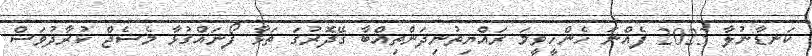
ކަނޑާނުލާ 2023 ފެއްނަ ހެންހީވީމަ ރައްޔިތުނިދަންތިއްބާ ގޭދޮރުގަ ތަޅާ ފޯނައްގުޅާ މެސެޖް ކުރާދުވަސް